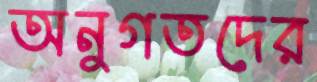
অনুগতদের